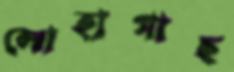
লোহাগাছ